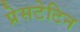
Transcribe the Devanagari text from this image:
प्रेसटेटिन